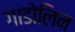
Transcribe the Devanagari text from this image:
गाडोलिन